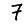
Digit: 7